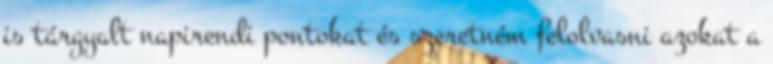
is tárgyalt napirendi pontokat és szeretném felolvasni azokat a